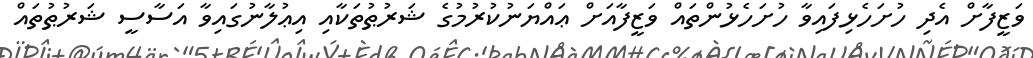
ވަޒީފާށް އެދި ހުށަހެޅިފައިވާ ހުށަހެޅުންތައް ވަޒީފާއަށް ޢައްޔަނުކުރުމުގެ ޝަރުޠުތަކާއި އިޢުލާނުގައިވާ އަސާސީ ޝަރުޠުތައް